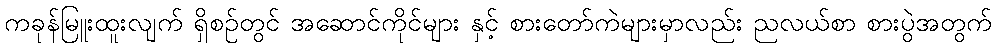
ကခုန်မြူးထူးလျက် ရှိစဉ်တွင် အဆောင်ကိုင်များ နှင့် စားတော်ကဲများမှာလည်း ညလယ်စာ စားပွဲအတွက်